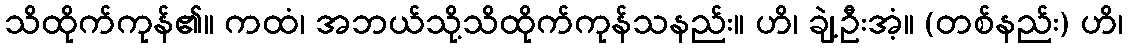
သိထိုက်ကုန်၏။ ကထံ၊ အဘယ်သို့သိထိုက်ကုန်သနည်း။ ဟိ၊ ချဲ့ဦးအံ့။ (တစ်နည်း) ဟိ၊